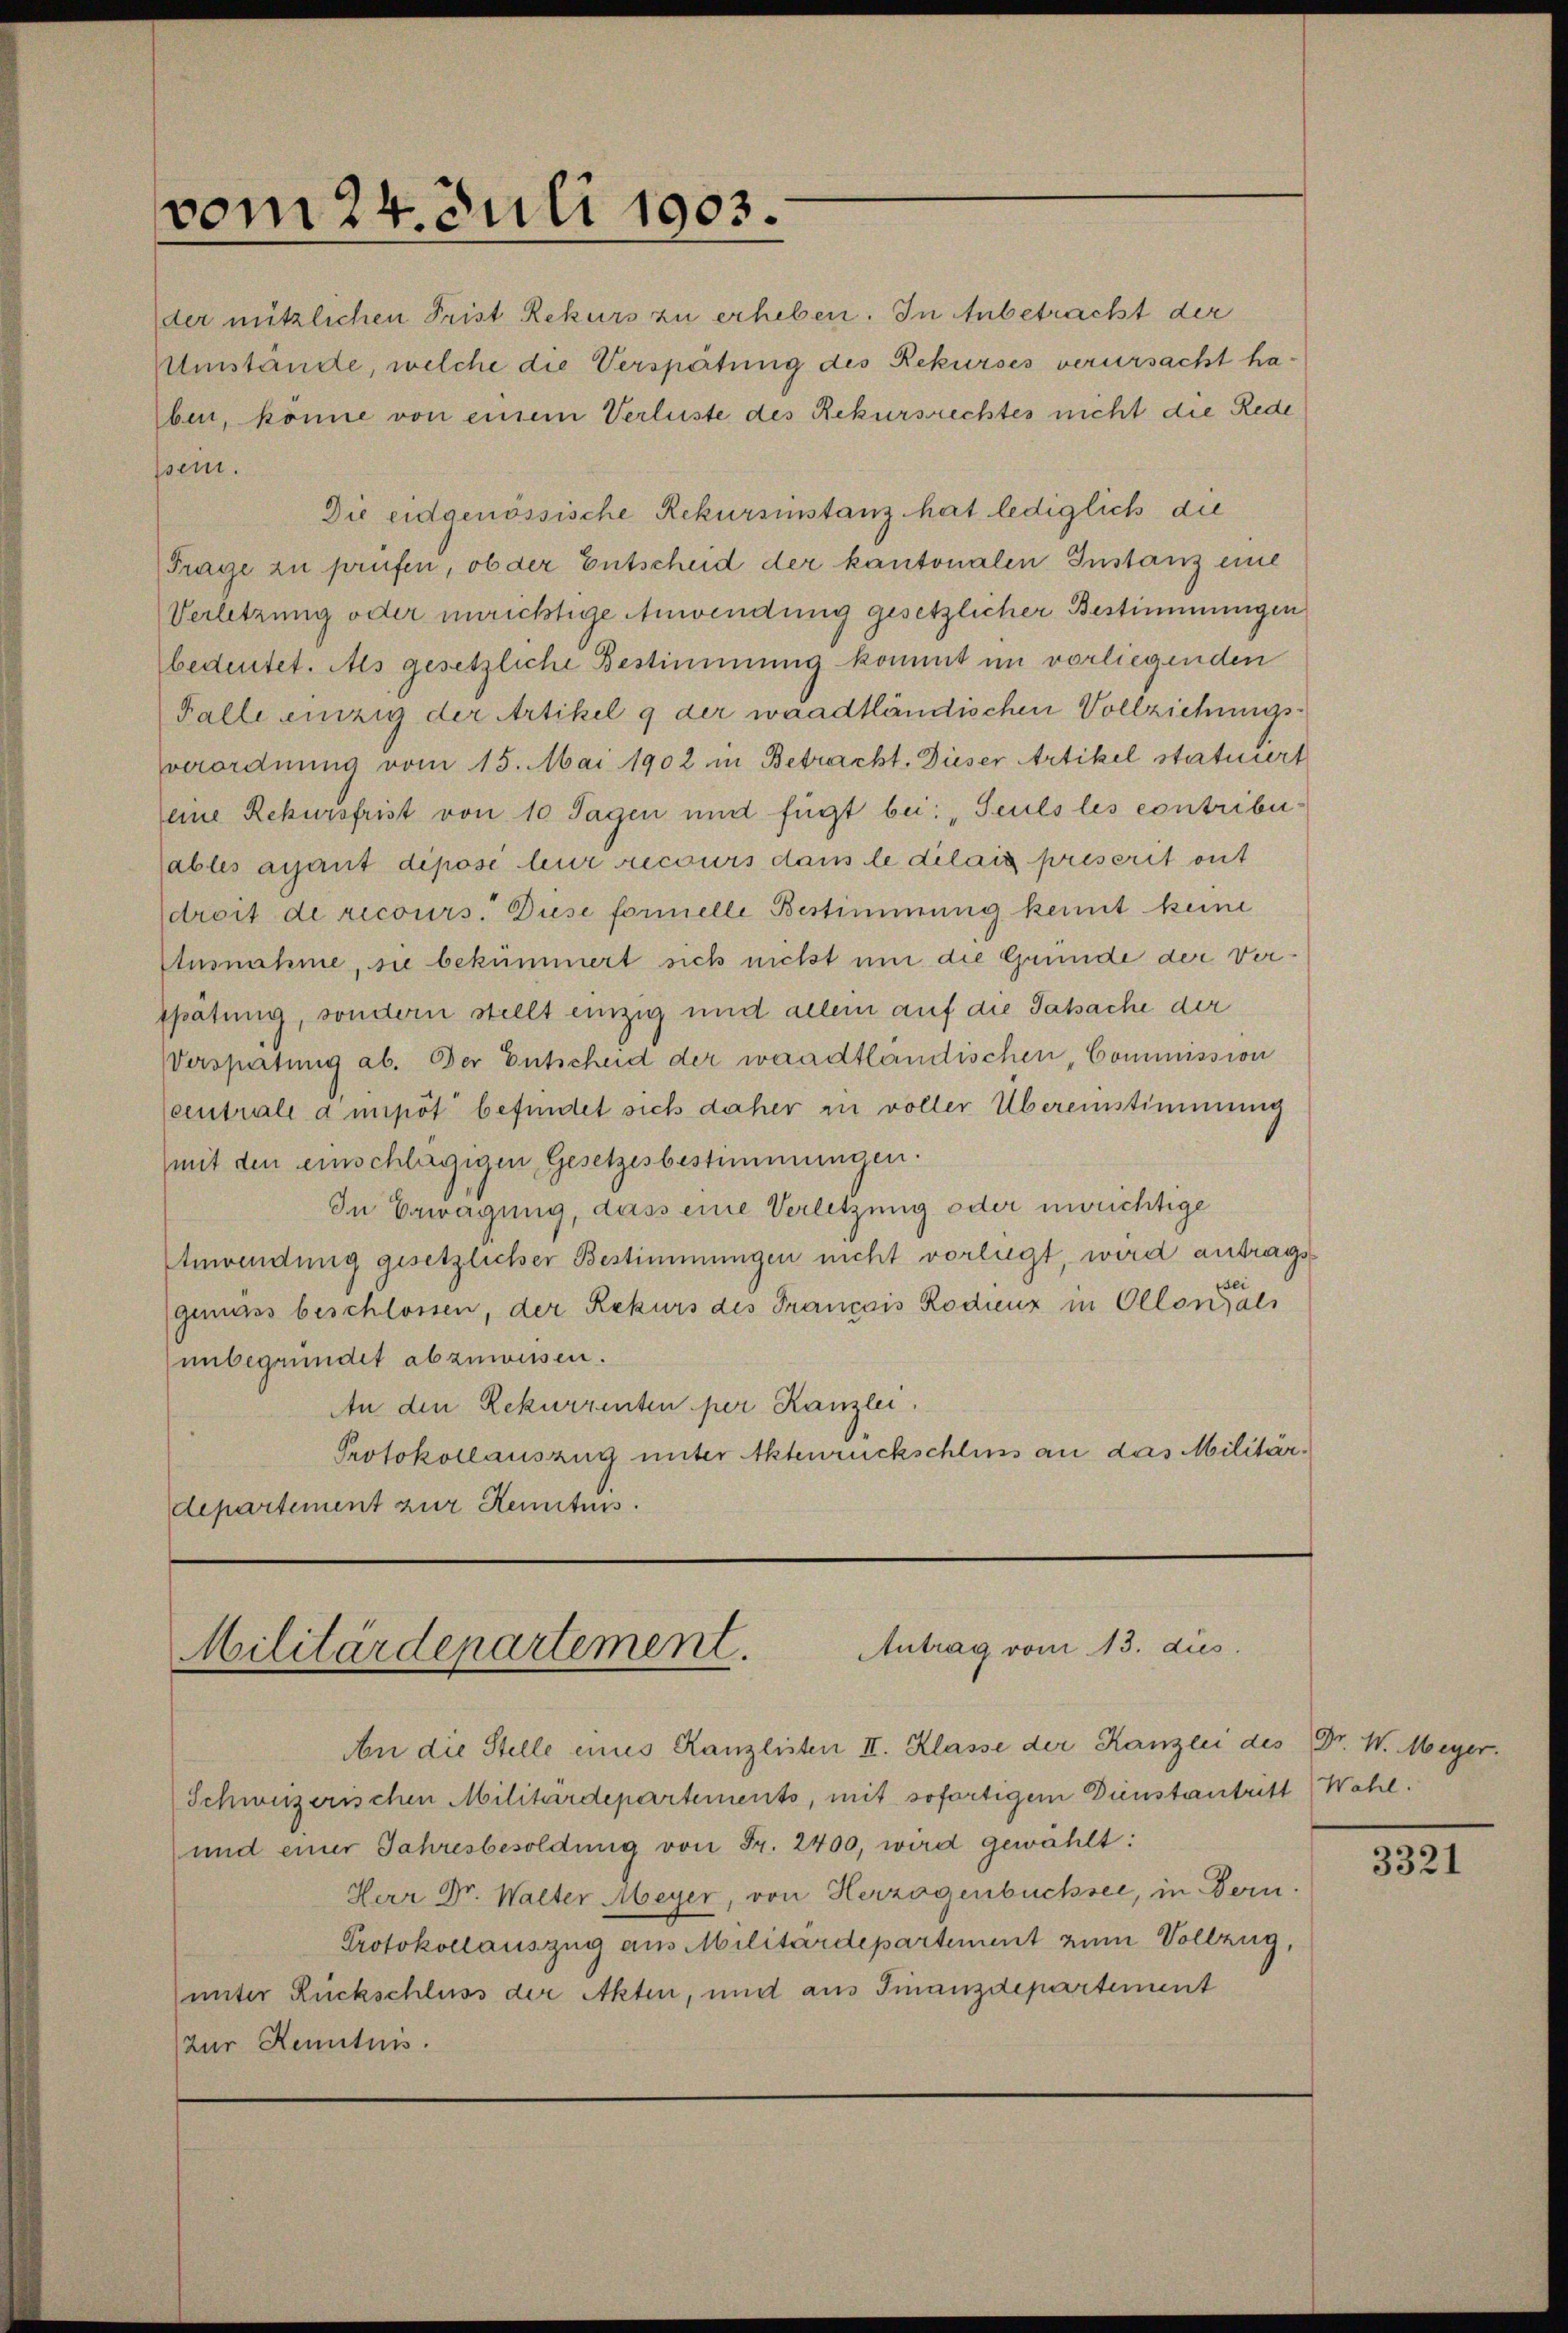
vom 24. Juli 1903.

Antrag vom 13. dus.
Militärdepartement.

der nützlichen Frist Rekurs zu erheben. In Anbetracht der
Umstände, welche die Verspätung des Rekurses verursacht haben, könne von einem Verluste des Rekursrechtes nicht die Rede
sein.
Die eidgenössische Rekursinstanz hat lediglich die
Frage zu prüfen, ob der Entscheid der kantonalen Instanz eine
Verletzung oder unrichtige Anwendung gesetzlicher Bestimmungen
bedeutet. Als gesetzliche Bestimmung kommt im vorliegenden
Falle einzig der Artikel 9 der waadtländischen Vollziehungs¬
Verordnung vom 15. Mai 1902 in Betracht. Dieser Artikel statuiert
eine Rekursfrist von 10 Tagen und fügt bei: „Seuls les contribuables ayant déposé leur recours dans le dilaig priserit mit
droit de recours. Diese formelle Bestimmung kennt keine
Ausnahme, sie bekümmert sich nicht um die Gründe der Verppätung, sondern stellt einzig und allein auf die Tatsache der
Verspätung ab. Der Entscheid der waadtländischen, Commission
(eintrale depot befindet sich daher in voller Übereinstimmung
mit den einschlägigen Gesetzesbestimmungen.
In Erwägung, dass eine Verletzung oder unrichtige
Anwendung gesetzlicher Bestimmungen nicht vorlegt, wird antrags
(gemäss beschlossen, der Rekurs des Français Rodienz in Ollons al
unbegründet abzuweisen.
An den Rekurrenten per Kanzlei.
Protokollauszug unter Aktenrückschluss an das Militärdepartement zur Reniturs.

An die Stelle eines Kanzlisten II. Klasse der Kanzlei des Dr. W. Meyer.
Schweizerischen Militärdepartements, mit sofortigem Dienstantritt Wahl.
und einer Jahresbesoldung von Fr. 2400, wird gewählt:
Herr Dr. Walter Meyer, von Herzogenbüchsee, in Bern.
Protokollauszug aus Militärdepartement zum Vollzug,
unter Rückschluss der Akten, und aus Finanzdepartement
zur Kenntnis.

3321